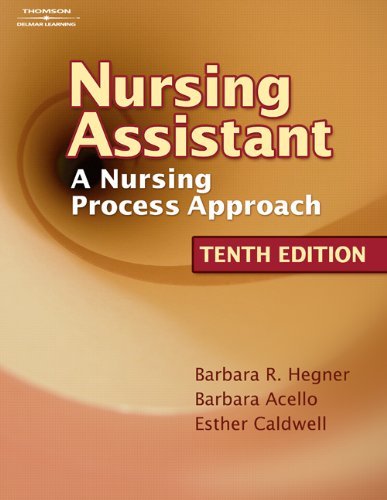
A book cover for Nursing Assistant A Nursing Process Approach by Hegner, Barbara, Acello, Barbara, Caldwell, Esther [Cengage,2007] (Hardcover) 10th Edition; Medical Books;